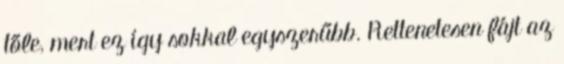
tőle, mert ez így sokkal egyszerűbb. Rettenetesen fájt az